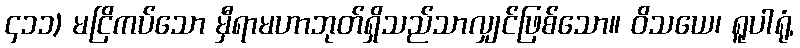
၄၁၁) မငြိကပ်သော မှီရာမဟာဘုတ်ရှိသည်သာလျှင်ဖြစ်သော။ ဝိသယေ၊ ရူပါရုံ,